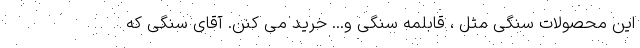
این محصولات سنگی مثل ، قابلمه سنگی و... خرید می کنن. آقای سنگی که